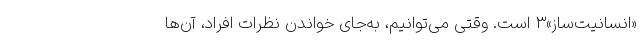
«انسانیت‌ساز»۳ است. وقتی می‌توانیم، به‌جای خواندن نظرات افراد، آن‌ها